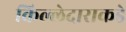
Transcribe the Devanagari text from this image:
किल्लेदाराकडे